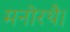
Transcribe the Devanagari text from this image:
मनोरथै।